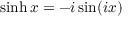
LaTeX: \sinh x = - i \sin ( i x )